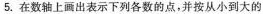
5.在数轴上画出表示下列各数的点，并按从小到大的